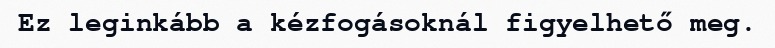
Ez leginkább a kézfogásoknál figyelhető meg.